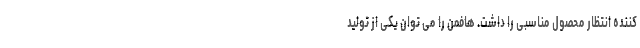
کننده انتظار محصول مناسبی را داشت. هافمن را می توان یکی از تولید